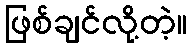
ဖြစ်ချင်လို့တဲ့။